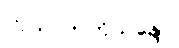
ကုသလာဘိသန္ဒော